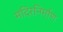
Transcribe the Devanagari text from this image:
मंदिरनिर्माण